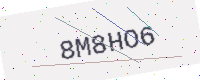
Text: 8M8HO6